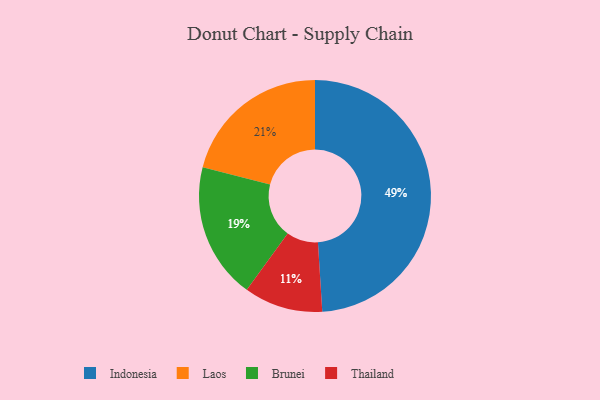
{"axis": {"x": "Category", "y": "Percentage"}, "legend": ["Brunei", "Indonesia", "Laos", "Thailand"], "data": [{"x": "Indonesia", "y": 49, "type": "Indonesia"}, {"x": "Brunei", "y": 19, "type": "Brunei"}, {"x": "Laos", "y": 21, "type": "Laos"}, {"x": "Thailand", "y": 11, "type": "Thailand"}]}